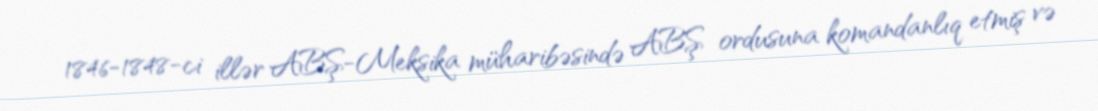
1846-1848-ci illər ABŞ-Meksika müharibəsində ABŞ ordusuna komandanlıq etmiş və